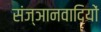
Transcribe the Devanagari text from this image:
संज्ञानवादियों